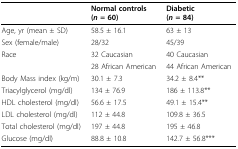
|  | Normal controls (n = 60) | Diabetic (n = 84) |
 | --- | --- | --- |
 | Age, yr (mean ± SD) | 58.5 ± 16.1 | 63 ± 13 |
 | Sex (female/male) | 28/32 | 45/39 |
 | Race | 32 Caucasian | 40 Caucasian |
 |  | 28 African American | 44 African American |
 | Body Mass index (kg/m) | 30.1 ± 7.3 | 34.2 ± 8.4** |
 | Triacylglycerol (mg/dl) | 134 ± 76.9 | 186 ± 113.8** |
 | HDL cholesterol (mg/dl) | 56.6 ± 17.5 | 49.1 ± 15.4** |
 | LDL cholesterol (mg/dl) | 112 ± 44.8 | 109.8 ± 36.5 |
 | Total cholesterol (mg/dl) | 197 ± 44.8 | 195 ± 46.8 |
 | Glucose (mg/dl) | 88.8 ± 10.8 | 142.7 ± 56.8*** |